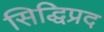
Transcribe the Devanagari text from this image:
सिद्धिप्रद